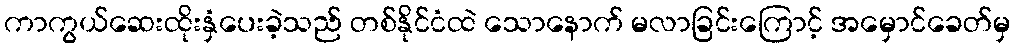
ကာကွယ်ဆေးထိုးနှံပေးခဲ့သည် တစ်နိုင်ငံထဲ သောနောက် မလာခြင်းကြောင့် အမှောင်ခေတ်မှ